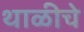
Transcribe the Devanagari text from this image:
थाळीचे